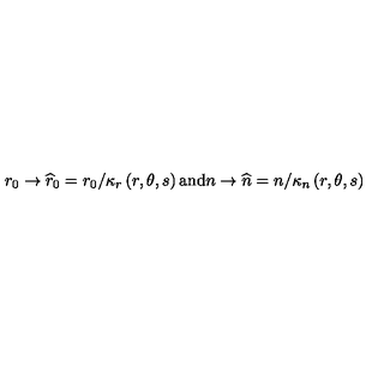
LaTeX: r _ { 0 } \rightarrow \widehat { r } _ { 0 } = r _ { 0 } / \kappa _ { r } \left( r , \theta , s \right) \mathrm { a n d } n \rightarrow \widehat { n } = n / \kappa _ { n } \left( r , \theta , s \right)